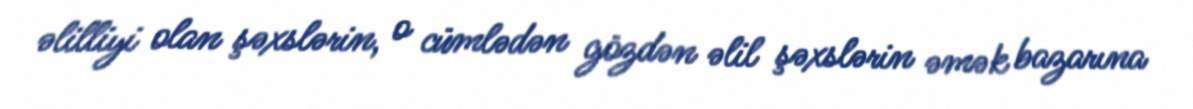
əlilliyi olan şəxslərin, o cümlədən gözdən əlil şəxslərin əmək bazarına